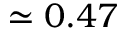
\simeq 0 . 4 7